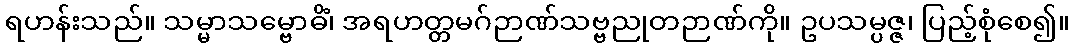
ရဟန်းသည်။ သမ္မာသမ္ဗောဓိံ၊ အရဟတ္တမဂ်ဉာဏ်သဗ္ဗညုတဉာဏ်ကို။ ဥပသမ္ပဇ္ဇ၊ ပြည့်စုံစေ၍။